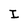
Character: I